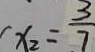
x _ { 2 } = \frac { 3 } { 7 }